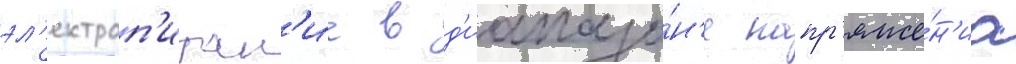
эл'ектроп'итан'ие в д'иапазо́н'е напр'яже́н'иа